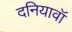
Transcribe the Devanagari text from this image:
दनियावॉ